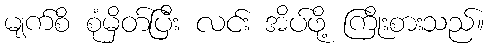
မျက်စိ စုံမှိတ်ပြီး လင်း အိပ်ဖို့ ကြိုးစားသည်။